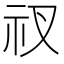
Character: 𥘓